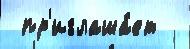
 пр'иглаша́ет